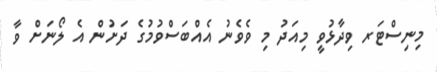
މިނިސްޓަރ ވިދާޅުވީ މިއަދު މި ވެވެނު އެއްބަސްވުމުގެ ދަށުން އެ ލޯނަށް ވާ